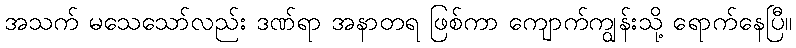
အသက် မသေသော်လည်း ဒဏ်ရာ အနာတရ ဖြစ်ကာ ကျောက်ကျွန်းသို့ ရောက်နေပြီ။